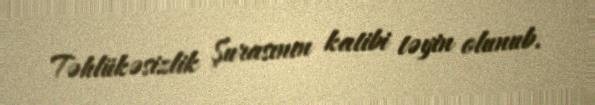
Təhlükəsizlik Şurasının katibi təyin olunub.